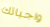
واجباتك